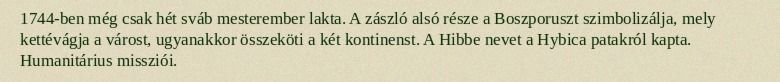
1744-ben még csak hét sváb mesterember lakta. A zászló alsó része a Boszporuszt szimbolizálja, mely kettévágja a várost, ugyanakkor összeköti a két kontinenst. A Hibbe nevet a Hybica patakról kapta. Humanitárius missziói.